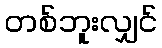
တစ်ဘူးလျှင်